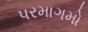
પરમાગમો